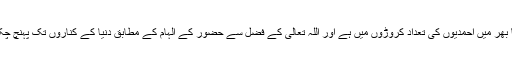
اب دنیا بھر میں احمدیوں کی تعداد کروڑوں میں ہے اور اللہ تعالیٰ کے فضل سے حضور کے الہام کے مطابق دنیا کے کناروں تک پہنچ چکی ہے۔